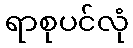
ရာစုပင်လုံ